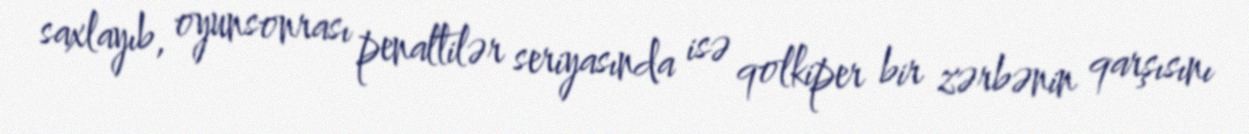
saxlayıb, oyunsonrası penaltilər seriyasında isə qolkiper bir zərbənin qarşısını